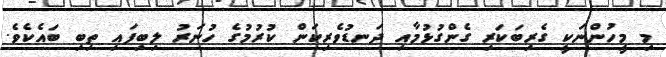
މި މީހުންނަކީ ގެރިބަކަރި ގެންގުޅުމާއި ދަނޑުވެރިކަން ކުރުމުގެ ހުނަރު ލިބިފައި ތިބި ބައެކެވެ.